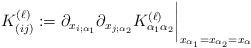
LaTeX: \begin{align*}K_{(ij)}^{(\ell)}: = \partial_{x_{i;\alpha_1}}\partial_{x_{j;\alpha_2}}K_{\alpha_1\alpha_2}^{(\ell)}\bigg|_{x_{\alpha_1}=x_{\alpha_2}=x_\alpha}\end{align*}